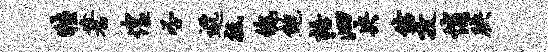
牲蓍惶否邈祗魄鲍语泗央仿孜悄腆